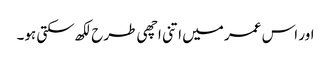
اور اس عمر میں اتنی اچھی طرح لکھ سکتی ہو۔